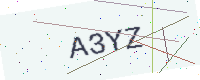
Text: A3YZ